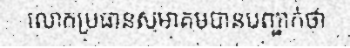
លោកប្រធានសមាគមបានបញ្ជាក់ថា